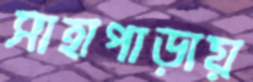
সাহাপাড়ায়